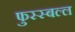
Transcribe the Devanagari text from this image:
फुस्स्बल्ल